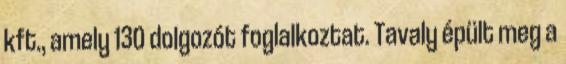
kft., amely 130 dolgozót foglalkoztat. Tavaly épült meg a